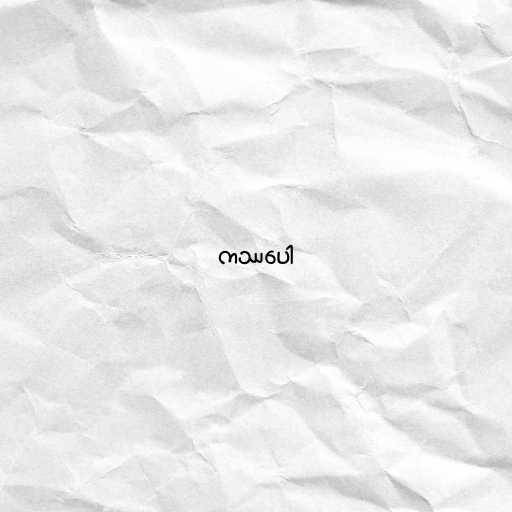
ကဿပေါ